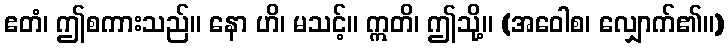
ဧတံ၊ ဤစကားသည်။ နော ဟိ၊ မသင့်။ ဣတိ၊ ဤသို့။ (အဝေါစ၊ လျှောက်၏။)